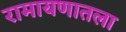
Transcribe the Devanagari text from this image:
रामायणातला